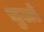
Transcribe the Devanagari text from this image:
चुलो